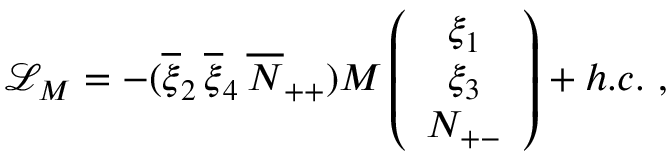
\mathcal { L } _ { M } = - ( \overline { { { \xi } } } _ { 2 } \, \overline { { { \xi } } } _ { 4 } \, \overline { { { N } } } _ { + + } ) M \left( \begin{array} { c } { { \xi _ { 1 } } } \\ { { \xi _ { 3 } } } \\ { { N _ { + - } } } \end{array} \right) + h . c . \ ,